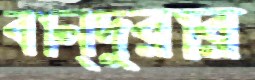
বান্দুরার